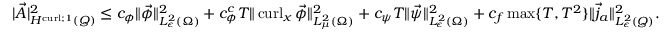
\begin{array} { r } { | \vec { A } | _ { H ^ { \operatorname { c u r l } ; 1 } ( Q ) } ^ { 2 } \leq c _ { \phi } \| \vec { \phi } \| _ { L _ { \epsilon } ^ { 2 } ( { \Omega } ) } ^ { 2 } + c _ { \phi } ^ { c } T \| \operatorname { c u r l } _ { x } \vec { \phi } \| _ { L _ { \mu } ^ { 2 } ( \Omega ) } ^ { 2 } + c _ { \psi } T \| \vec { \psi } \| _ { L _ { \epsilon } ^ { 2 } ( { \Omega } ) } ^ { 2 } + c _ { f } \operatorname* { m a x } \{ T , T ^ { 2 } \} \| \vec { j } _ { a } \| _ { L _ { \epsilon } ^ { 2 } ( { Q } ) } ^ { 2 } . } \end{array}